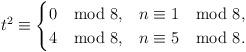
LaTeX: \begin{align*}t^{2}\equiv\begin{cases}0\mod8, & n\equiv1\mod8,\\4\mod8, & n\equiv5\mod8.\end{cases}\end{align*}